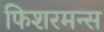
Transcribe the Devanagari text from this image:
फिशरमन्स